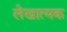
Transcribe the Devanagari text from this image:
लेखात्मक